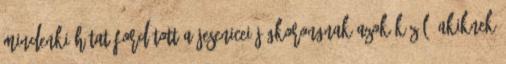
mindenki hátat fordított a jesenicei jégkorongnak azok közül, akiknek